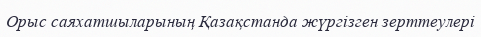
Орыс саяхатшыларының Қазақстанда жүргізген зерттеулері